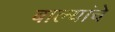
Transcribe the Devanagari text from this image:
बाल्यांचे